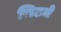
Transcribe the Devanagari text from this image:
सिटजे